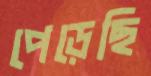
পেড়েছি